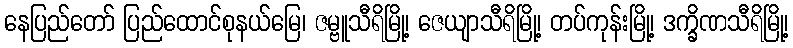
နေပြည်တော် ပြည်ထောင်စုနယ်မြေ၊ ဇမ္ဗူသီရိမြို့၊ ဇေယျာသီရိမြို့၊ တပ်ကုန်းမြို့၊ ဒက္ခိဏသီရိမြို့၊